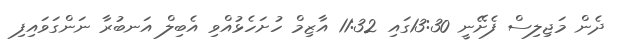
ދެން މަޖިލިސް ފެށޭނީ 13:30ގައި 11:32 އާޒިމް ހުށަހެޅުއްވި އެބިލް އަނބުރާ ނަންގަވައިފި